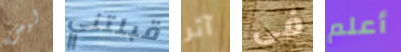
ليس قبلتني آثر فى أعلم